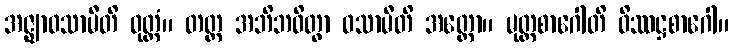
အဇ္ဈာဝသာမီတိ ဝုတ္တံ။ တတ္ထ အဘိဘဝိတွာ ဝသာမီတိ အတ္ထော။ မုတ္တစာဂေါတိ ဝိဿဋ္ဌစာဂေါ။